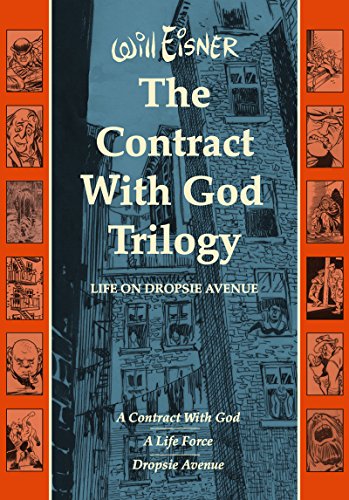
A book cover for The Contract with God Trilogy: Life on Dropsie Avenue (A Contract With God, A Life Force, Dropsie Avenue); Will Eisner; Comics & Graphic Novels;